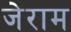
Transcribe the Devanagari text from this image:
जेराम